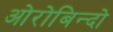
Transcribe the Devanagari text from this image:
ओरोबिन्दो